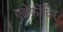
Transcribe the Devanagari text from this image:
एडेफोविर